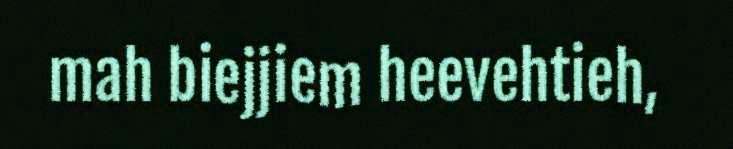
mah biejjiem heevehtieh,